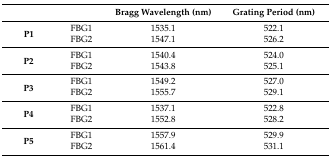
| <COLSPAN=2>  | Bragg Wavelength (nm) | Grating Period (nm) |
 | --- | --- | --- | --- |
 | <ROWSPAN=2> P1 | FBG1 | 1535.1 | 522.1 |
 | FBG2 | 1547.1 | 526.2 |
 | <ROWSPAN=2> P2 | FBG1 | 1540.4 | 524.0 |
 | FBG2 | 1543.8 | 525.1 |
 | <ROWSPAN=2> P3 | FBG1 | 1549.2 | 527.0 |
 | FBG2 | 1555.7 | 529.1 |
 | <ROWSPAN=2> P4 | FBG1 | 1537.1 | 522.8 |
 | FBG2 | 1552.8 | 528.2 |
 | <ROWSPAN=2> P5 | FBG1 | 1557.9 | 529.9 |
 | FBG2 | 1561.4 | 531.1 |